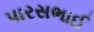
પારસભાઈ